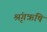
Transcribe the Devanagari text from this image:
श्रृंगऋषि